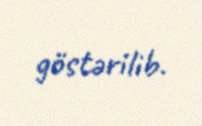
göstərilib.